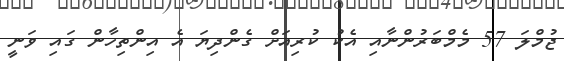
ޖުމްލަ 57 މެމްބަރުންނާއި އެކު ކުރިއަށް ގެންދިޔަ އެ އިންތިހާން ގައި ވަނީ